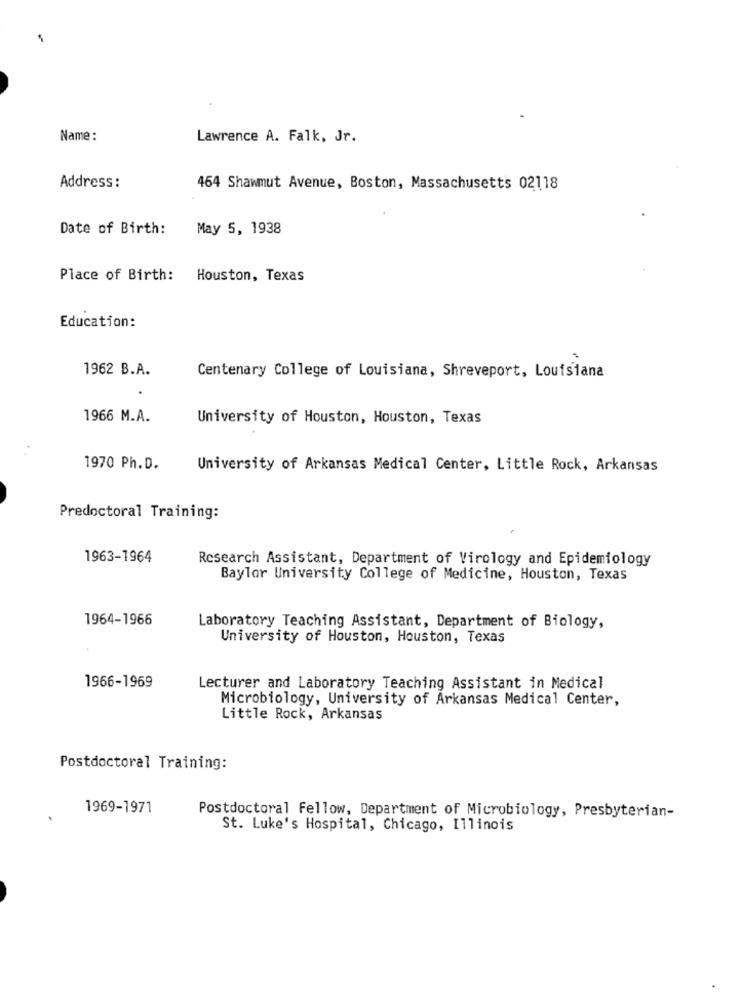
Name :
Lawrence A. Falk, Jr.
Address :
464 Shawmut Avenue, Boston, Massachusetts 02118
Date of Birth:
May 5, 1938
Place of Birth: Houston, Texas
Education:
1962 B.A.
Centenary College of Louisiana, Shreveport, Louisiana
1966 M.A.
University of Houston, Houston, Texas
1970 Ph.D.
University of Arkansas Medical Center, Little Rock, Arkansas
Predoctoral Training:
1963-1964
Research Assistant, Department of Virology and Epidemiology
Baylor University College of Medicine, Houston, Texas
1964-1966
Laboratory Teaching Assistant, Department of Biology,
University of Houston, Houston, Texas
1966-1969
Lecturer and Laboratory Teaching Assistant in Medical
Microbiology, University of Arkansas Medical Center,
Little Rock, Arkansas
Postdoctoral Training:
1969-1971
.
Postdoctoral Fellow, Department of Microbiology, Presbyterian-
St. Luke's Hospital, Chicago, Illinois